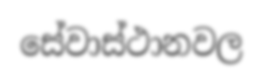
සේවාස්ථානවල